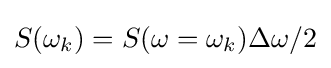
S(\omega _{k})=S(\omega =\omega _{k})\Delta \omega /2